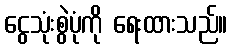
ငွေသုံးစွဲပုံကို ရေးထားသည်။